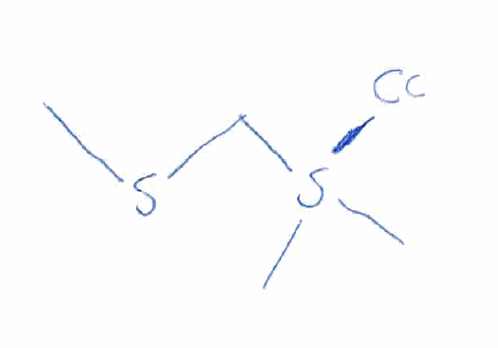
Simplified molecular-input line-entry system (SMILES) notation of the given molecule:
CSCS(C)(C)Cl